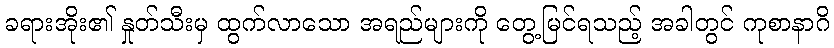
ခရားအိုး၏ နှုတ်သီးမှ ထွက်လာသော အရည်များကို တွေ့မြင်ရသည့် အခါတွင် ကုစာနာဂိ